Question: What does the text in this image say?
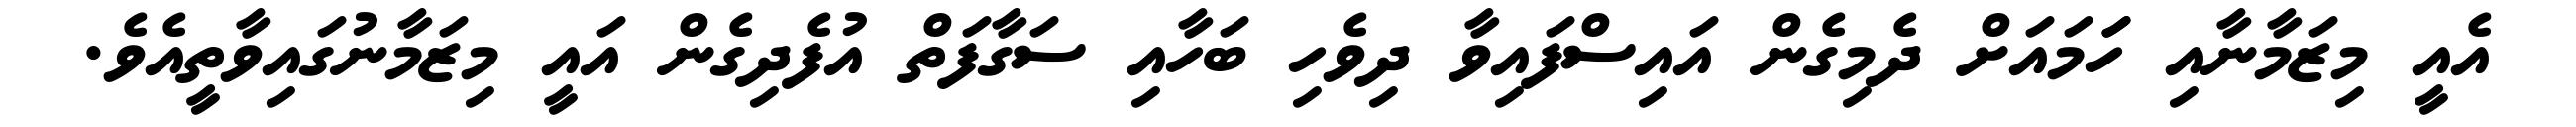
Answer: އެއީ މިޒަމާނާއި ހަަމައަށް ދެމިގެން އައިސްފައިވާ ދިވެހި ބަހާއި ސަގާފަތް އުފެދިގެން އައީ މިޒަމާނުގައިވާތީއެވެ.